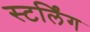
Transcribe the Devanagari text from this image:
स्टर्लिंग